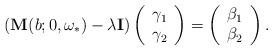
LaTeX: \begin{align*}\left( \mathbf{M}(b; 0, \omega_*) - \lambda \mathbf{I} \right)\left(\begin{array}{c} \gamma_1\\\gamma_2\end{array}\right) = \left(\begin{array}{c} \beta_1\\ \beta_2\end{array}\right).\end{align*}